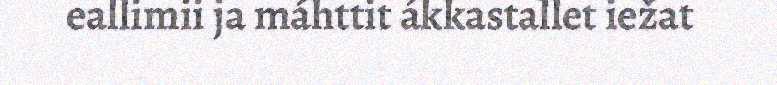
eallimii ja máhttit ákkastallet iežat